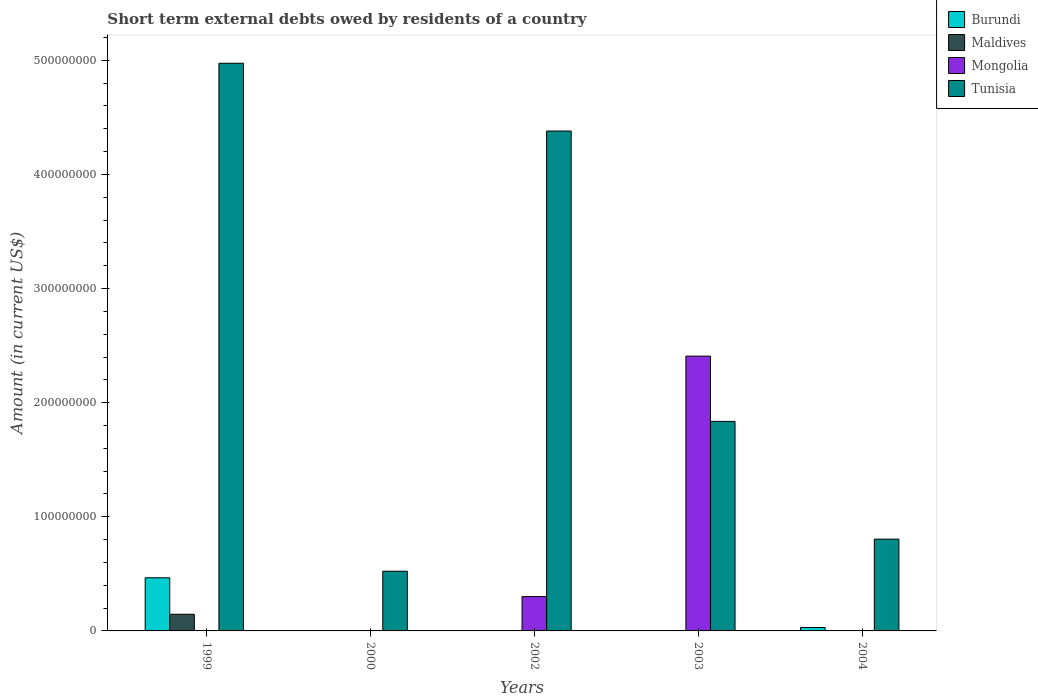
| Years | Burundi | Maldives | Mongolia | Tunisia |
 | --- | --- | --- | --- | --- |
 | 1999 | 4.66e+07 | 1.46e+07 | -7.5e+06 | 4.97e+08 |
 | 2000 | -8.94e+06 | -3.45e+06 | -9.49e+06 | 5.23e+07 |
 | 2002 | -1.01e+06 | -5.59e+06 | 3.01e+07 | 4.38e+08 |
 | 2003 | -6e+07 | -1.47e+07 | 2.41e+08 | 1.84e+08 |
 | 2004 | 3e+06 | -2e+06 | -1.15e+08 | 8.04e+07 |